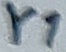
Text: Y1